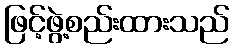
ဖြင့်ဖွဲ့စည်းထားသည်